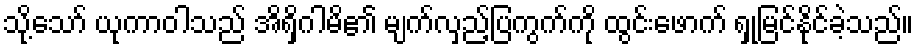
သို့သော် ယုကာဝါသည် အိရှိဂါမိ၏ မျက်လှည့်ပြကွက်ကို ထွင်းဖောက် ရှုမြင်နိုင်ခဲ့သည်။